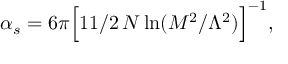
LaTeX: \alpha _ { s } = 6 \pi \Bigl [ 1 1 / 2 \, N \ln ( M ^ { 2 } / \Lambda ^ { 2 } ) \Bigl ] ^ { - 1 } ,